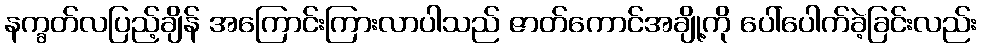
နက္ခတ်လပြည့်ချိန် အကြောင်းကြားလာပါသည် ဇာတ်ကောင်အချို့ကို ပေါ်ပေါက်ခဲ့ခြင်းလည်း